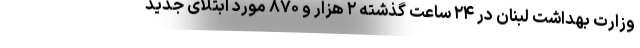
وزارت بهداشت لبنان در ۲۴ ساعت گذشته ۲ هزار و ۸۷۰ مورد ابتلای جدید